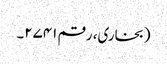
(بخاری، رقم ۲۷۴۱۔